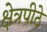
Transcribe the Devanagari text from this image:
क्षेत्रपीठे